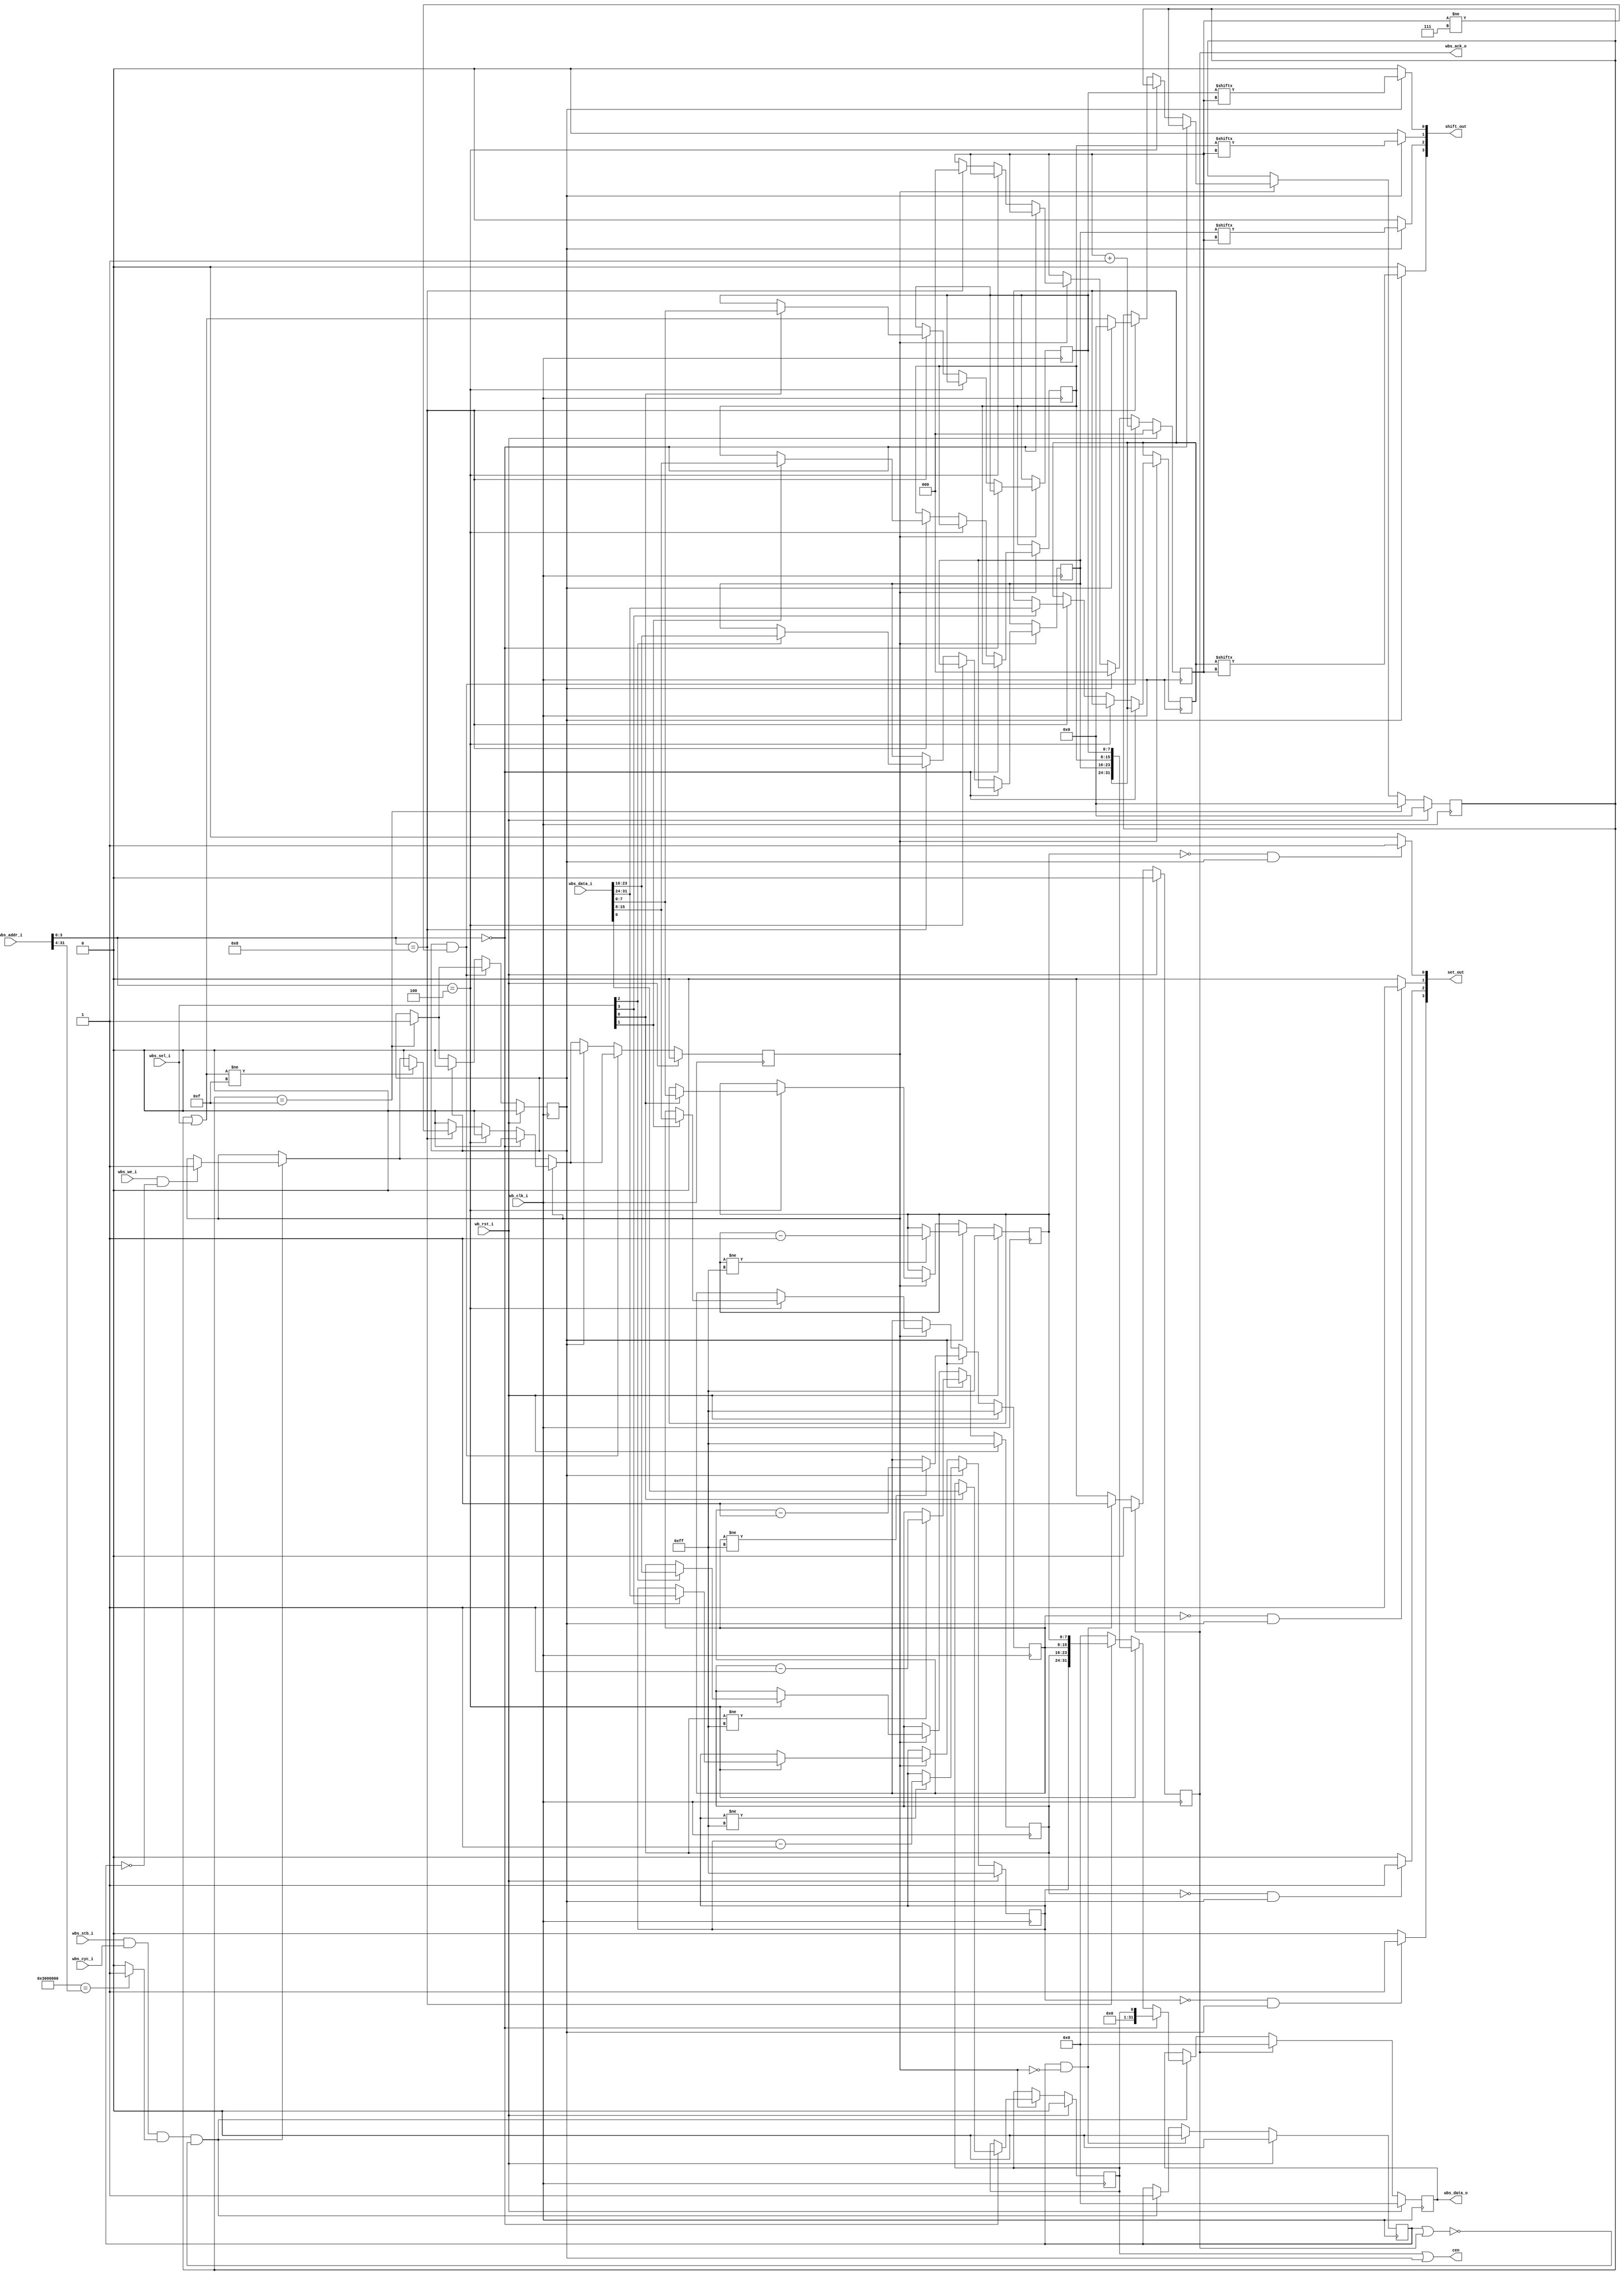
module wishbone_configuratorinator #(
    parameter BASE_ADDR = 32'h3000_0000
) (
    // Global signals
    input wb_clk_i,
    input wb_rst_i,

    // Wishbone signals
    input wbs_stb_i,
    input wbs_cyc_i,
    input wbs_we_i,
    // Write mask
    input [3:0] wbs_sel_i,
    input [31:0] wbs_data_i,
    input [31:0] wbs_addr_i,
    output reg wbs_ack_o, // Its bad form but its also 1 in the morning
    output reg [31:0] wbs_data_o,

    // Config output
    output cen,
    output [3:0] set_out,
    output [3:0] shift_out
);
    // Bus decoding
    wire selected;
    assign selected = (BASE_ADDR[31:4] == wbs_addr_i[31:4]) ? 1'b1 : 1'b0;

    wire transaction_initiated;
    assign transaction_initiated = wbs_stb_i & wbs_cyc_i & selected;

    // State registers
    reg read_transaction_in_progress;
    reg write_transaction_in_progress;
    reg output_initiated;
    reg [2:0] bits_index;
    reg [3:0] charged; // Heckin write masks
    
    // Bus exposed registers:

    // Management for the block:
    // {~, free_run}
    reg free_run;

    wire [31:0] house_keeping;
    assign house_keeping = {31'b0, free_run};

    // Comprised of 4 8 bit segments
    reg [7:0] bits_d, bits_c, bits_b, bits_a;

    wire [31:0] bitstream;
    assign bitstream = {bits_d, bits_c, bits_b, bits_a};

    // 4 Set output counters, each solves at 255
    reg [7:0] counter_d, counter_c, counter_b, counter_a;
    wire [31:0] counters;
    assign counters = {counter_d, counter_c, counter_b, counter_a};

    // Bus Logic
    always @(posedge wb_clk_i) begin
        // Transaction initiation and read transaction management
        if (transaction_initiated == 1 && !(read_transaction_in_progress || wbs_ack_o)) begin
            read_transaction_in_progress <= 1;
            if (wbs_addr_i[3:0] == 0) begin
                wbs_data_o <= house_keeping;
            end else if (wbs_addr_i[3:0] == 4) begin
                wbs_data_o <= bitstream;
            end else if (wbs_addr_i[3:0] == 8) begin
                wbs_data_o <= counters;
            end else begin
                wbs_data_o <= 0;
            end
            if (wbs_we_i == 1 && read_transaction_in_progress == 0) begin
                write_transaction_in_progress <= 1;
            end
        end
        if (read_transaction_in_progress == 1 && write_transaction_in_progress == 0) begin
            wbs_ack_o <= 1;
            read_transaction_in_progress <= 0;
        end

        // Write management
        if (write_transaction_in_progress == 1) begin
            if (wbs_addr_i[3:0] == 0) begin
                if (wbs_sel_i[0] == 1) free_run <= wbs_data_i[0];
                write_transaction_in_progress <= 0;
            end else if (wbs_addr_i[3:0] == 4) begin
                write_transaction_in_progress <= 0;
            end else if (wbs_addr_i[3:0] == 8) begin
                if (wbs_sel_i[0] == 1) bits_a <= wbs_data_i[7:0];
                if (wbs_sel_i[1] == 1) bits_b <= wbs_data_i[15:8];
                if (wbs_sel_i[2] == 1) bits_c <= wbs_data_i[23:16];
                if (wbs_sel_i[3] == 1) bits_d <= wbs_data_i[31:24];
                bits_index <= 0;
                if (output_initiated == 0) begin
                    charged <= charged | wbs_sel_i;
	        end else begin
		    charged <= 0;
		end
                if ((charged | wbs_sel_i) != 4'b1111) write_transaction_in_progress <= 0;
            end else begin
                write_transaction_in_progress <= 0;
            end
        end

        if (charged == 4'b1111) begin
            charged <= 0;
            output_initiated <= 1;
        end

        if (output_initiated && bits_index != 3'b111) begin
            bits_index <= bits_index + 1;
        end else if (output_initiated) begin
            bits_index <= 0;
            output_initiated <= 0;
            write_transaction_in_progress <= 0;
        end

        if (wbs_ack_o == 1) begin
            wbs_ack_o <= 0;
            wbs_data_o <= 0; // Maybe bad idea?
        end

        if (wb_rst_i == 1) begin
            wbs_data_o <= 0;
            bits_index <= 0;
            output_initiated <= 0;
            free_run <= 0;
            read_transaction_in_progress <= 0;
            write_transaction_in_progress <= 0;
            charged <= 0;
            wbs_ack_o <= 0;
        end
    end

    // Config output management

    assign cen = free_run | output_initiated;

    assign set_out[0] = (counter_a == 8'h00 && output_initiated) ? 1'b1 : 1'b0;
    assign set_out[1] = (counter_b == 8'h00 && output_initiated) ? 1'b1 : 1'b0;
    assign set_out[2] = (counter_c == 8'h00 && output_initiated) ? 1'b1 : 1'b0;
    assign set_out[3] = (counter_d == 8'h00 && output_initiated) ? 1'b1 : 1'b0;

    assign shift_out[0] = (output_initiated) ? bits_a[bits_index] : 1'b0;
    assign shift_out[1] = (output_initiated) ? bits_b[bits_index] : 1'b0;
    assign shift_out[2] = (output_initiated) ? bits_c[bits_index] : 1'b0;
    assign shift_out[3] = (output_initiated) ? bits_d[bits_index] : 1'b0;

    always @(posedge wb_clk_i) begin
        if (wb_rst_i == 1) begin
            counter_a <= 8'hFF;
            counter_b <= 8'hFF;
            counter_c <= 8'hFF;
            counter_d <= 8'hFF;
        end
        else if (output_initiated) begin
            if (counter_a != 8'hFF) counter_a <= counter_a - 1;
            if (counter_b != 8'hFF) counter_b <= counter_b - 1;
            if (counter_c != 8'hFF) counter_c <= counter_c - 1;
            if (counter_d != 8'hFF) counter_d <= counter_d - 1;
        end
        else if (write_transaction_in_progress == 1) begin
            if (wbs_addr_i[3:0] == 4) begin
                if (wbs_sel_i[0] == 1) counter_a <= wbs_data_i[7:0];
                if (wbs_sel_i[1] == 1) counter_b <= wbs_data_i[15:8];
                if (wbs_sel_i[2] == 1) counter_c <= wbs_data_i[23:16];
                if (wbs_sel_i[3] == 1) counter_d <= wbs_data_i[31:24];
            end
        end
    end
endmodule